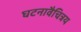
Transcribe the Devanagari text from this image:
घटनावैचित्रय